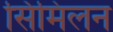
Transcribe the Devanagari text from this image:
सिमिलन